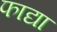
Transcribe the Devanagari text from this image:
फाद्या